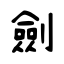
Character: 劍